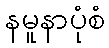
နမူနာပုံစံ